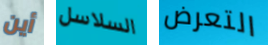
أين السلاسل التعرض